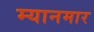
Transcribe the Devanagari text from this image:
म्‍यानमार